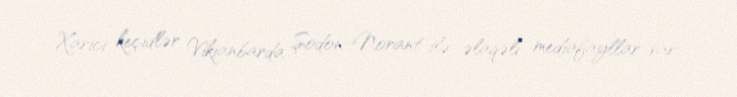
Xarici keçidlər Vikianbarda Şodon-Norant ilə əlaqəli mediafayllar var.